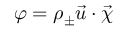
\varphi = \rho _ { \pm } \vec { u } \cdot \vec { \chi }